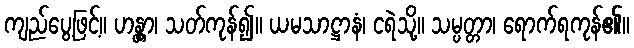
ကျည်ပွေ့ဖြင့်။ ဟန္တွာ၊ သတ်ကုန်၍။ ယမသာဋ္ဌာနံ၊ ငရဲသို့။ သမ္ပတ္တာ၊ ရောက်ရကုန်၏။